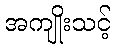
အကျိုးသင့်